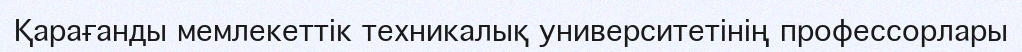
Қарағанды мемлекеттік техникалық университетінің профессорлары